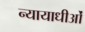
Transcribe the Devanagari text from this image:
न्यायाधीओं